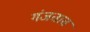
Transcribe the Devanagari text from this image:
गंजतात